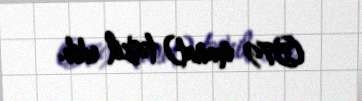
(579 manat) təşkil edib.